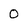
Character: 0